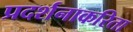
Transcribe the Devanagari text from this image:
प्रदर्शनाकरिता